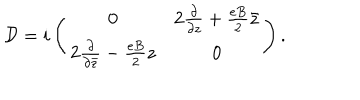
LaTeX: { \cal D } = i \left( \begin{matrix} { { 0 } } & { { 2 \frac { \partial } { \partial z } + \frac { e B } { 2 } \bar { z } } } \\ { { 2 \frac { \partial } { \partial \bar { z } } - \frac { e B } { 2 } z } } & { { 0 } } \\ \end{matrix} \right) .